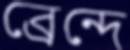
ব্রেন্দে